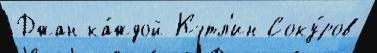
Джан ка́ждой Кэтл'ин Соку́ров